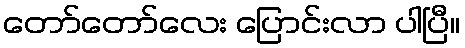
တော်တော်လေး ပြောင်းလာ ပါပြီ။